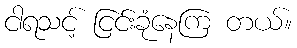
ငါရသင့် ငြင်းခုံနေကြ တယ်။